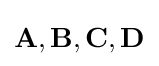
\mathbf {A} ,\mathbf {B} ,\mathbf {C} ,\mathbf {D}